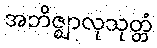
အဘိဇ္ဈာလုသုတ္တံ